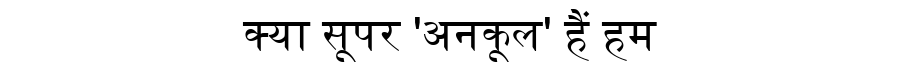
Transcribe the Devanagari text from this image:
क्या सूपर 'अनकूल' हैं हम